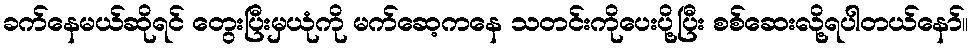
ခက်နေမယ်ဆိုရင် တွေးပြီးမှယုံကို မက်ဆေ့ကနေ သတင်းကိုပေးပို့ပြီး စစ်ဆေးလို့ရပါတယ်နော်။